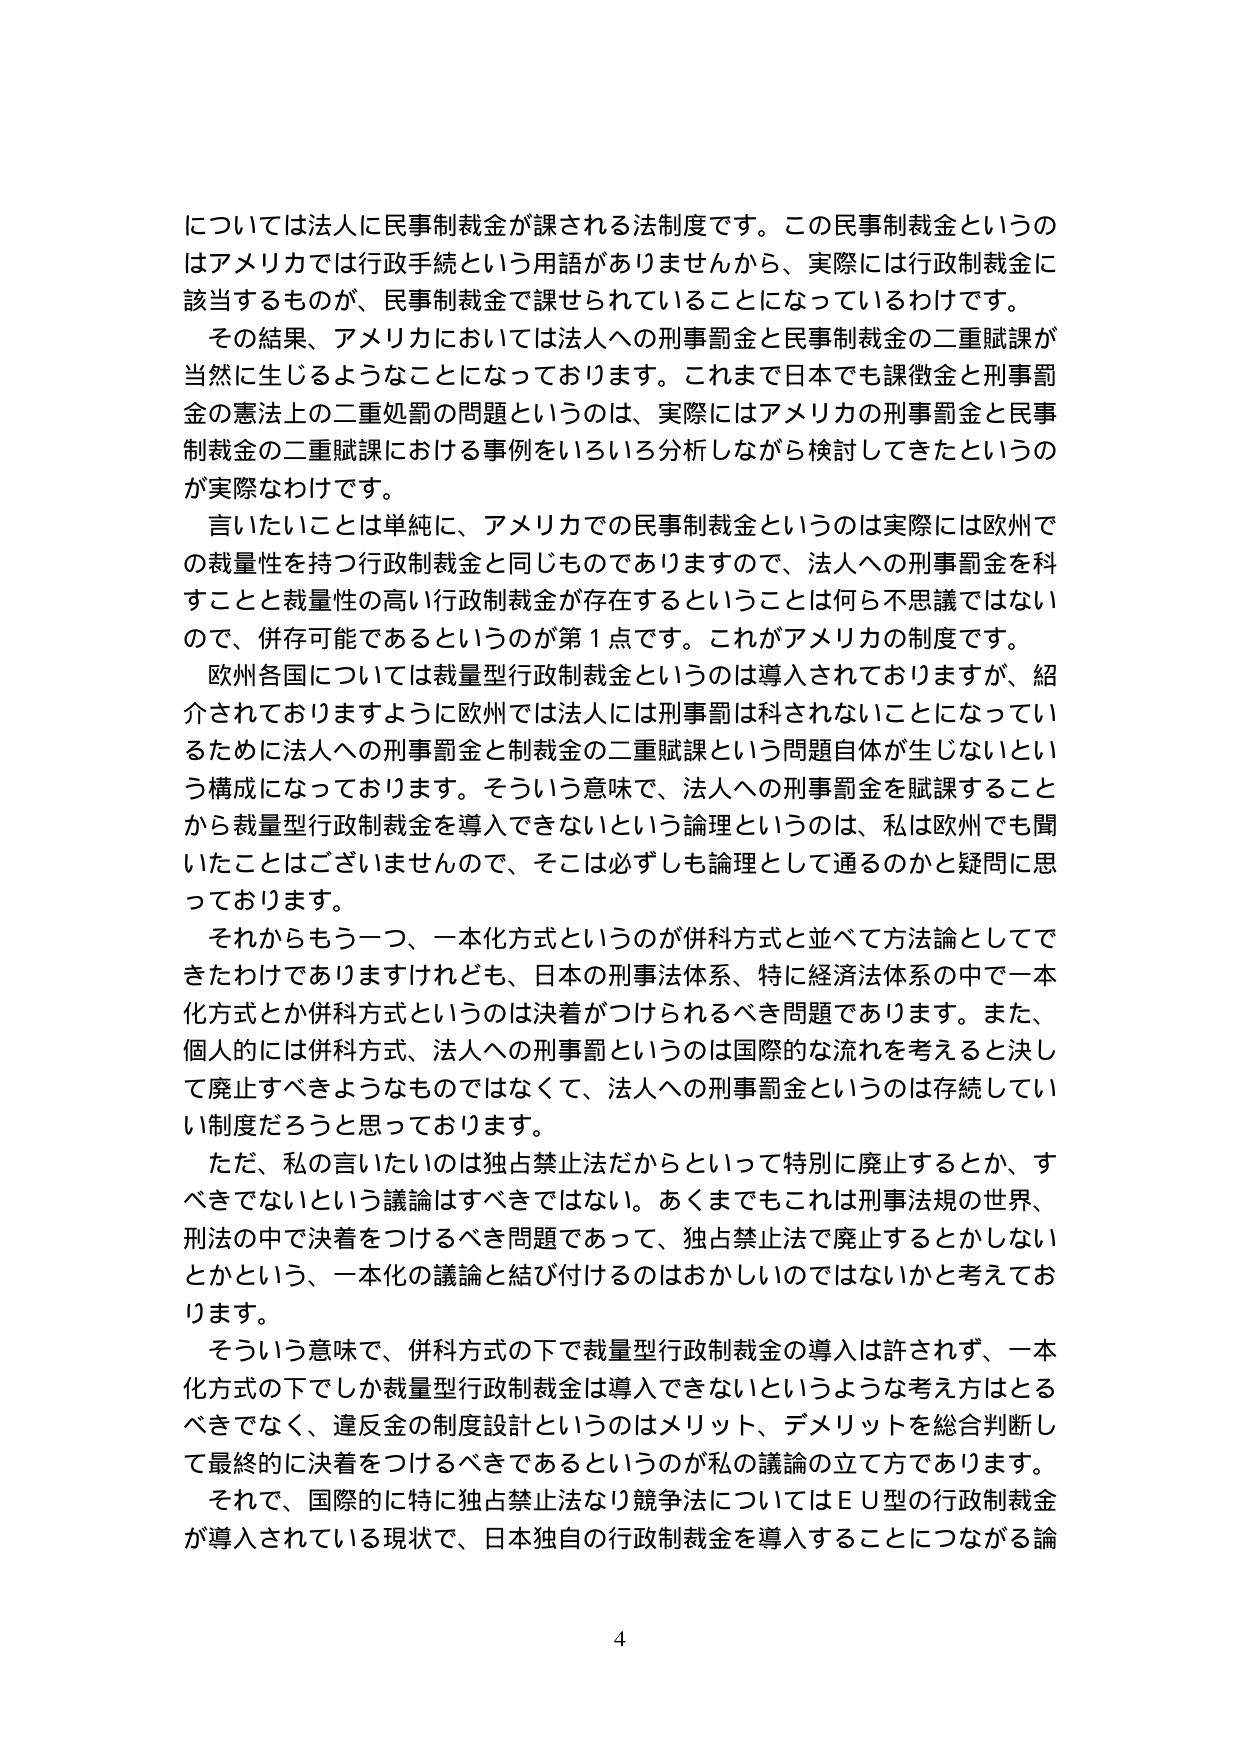
については法人に民事制裁金が課される法制度です。この民事制裁金というのはアメリカでは行政手続という用語がありませんから、実際には行政制裁金に該当するものが、民事制裁金で課せられていることになっているわけです。

その結果、アメリカにおいては法人への刑事罰金と民事制裁金の二重賦課が当然に生じるようなことになっております。これまで日本でも課徴金と刑事罰金の憲法上の二重処罰の問題というのは、実際にはアメリカの刑事罰金と民事制裁金の二重賦課における事例をいろいろ分析しながら検討してきたというのが実際なわけです。

言いたいことは単純に、アメリカでの民事制裁金というのは実際には欧州での裁量性を持つ行政制裁金と同じものでありますので、法人への刑事罰金を科すことと裁量性の高い行政制裁金が存在するということは何ら不思議ではないので、併存可能であるというのが第1点です。これがアメリカの制度です。

欧州各国については裁量型行政制裁金というのは導入されておりますが、紹介されておりますように欧州では法人には刑事罰は科されないことになっているために法人への刑事罰金と制裁金の二重賦課という問題自体が生じないという構成になっております。そういう意味で、法人への刑事罰金を賦課することから裁量型行政制裁金を導入できないという論理というのは、私は欧州でも聞いたことはございませんので、そこは必ずしも論理として通るのかと疑問に思っております。

それからもう一つ、一本化方式というのが併科方式と並べて方法論としてできたわけでありますけれども、日本の刑事法体系、特に経済法体系の中で一本化方式とか併科方式というのは決着がつけられるべき問題であります。また、個人的には併科方式、法人への刑事罰というのは国際的な流れを考えると決して廃止すべきようなものではなくて、法人への刑事罰金というのは存続している制度だろうと思っております。

ただ、私の言いたいのは独占禁止法だからといって特別に廃止するとか、すべきでないという議論はすべきではない。あくまでもこれは刑事法規の世界、刑法の中で決着をつけるべき問題であって、独占禁止法で廃止するとかしないとかという、一本化の議論と結び付けるのはおかしいのではないかと考えております。

そういう意味で、併科方式の下で裁量型行政制裁金の導入は許されず、一本化方式の下でしか裁量型行政制裁金は導入できないというような考え方はとるべきでなく、違反金の制度設計というのはメリット、デメリットを総合判断して最終的に決着をつけるべきであるというのが私の議論の立て方であります。

それで、国際的に特に独占禁止法なり競争法についてはＥＵ型の行政制裁金が導入されている現状で、日本独自の行政制裁金を導入することにつながる論

4